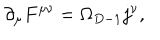
LaTeX: \partial _ { \mu } F ^ { \mu \nu } = \Omega _ { D - 1 } j ^ { \nu } ,